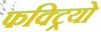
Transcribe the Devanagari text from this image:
फक्ट्रियो